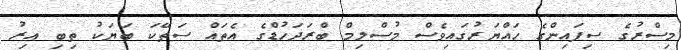
މިސްރުގެ ސިފައިންގެ ހައްޔަރުގައިވެސް މުސްލިމް ބްރަދަހުޑްގެ އެތައް ސަތޭކަ ބަޔަކު ތިބި އިރު